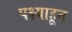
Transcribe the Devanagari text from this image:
पक्ष्याहून